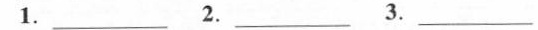
1 . ____ 2. ____ 3. ____